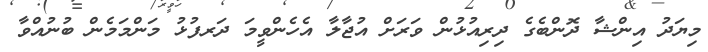
މިޔަދު އިންޝާ ދޮންބެގެ ދިރިއުޅުން ވަރަށް އުޖާލާ އެހެންވީމަ ދަރފުޅު މަންމަމެން ބުނުއްވާ